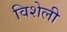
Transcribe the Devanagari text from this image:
विशेली